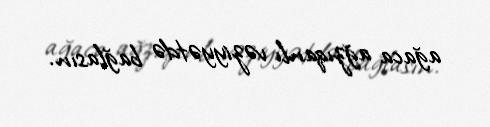
ağaca ağzıqanlı vəziyyətdə bağlasın.